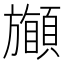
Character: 𩔽